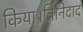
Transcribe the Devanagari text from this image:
किया।त्रिनिदाद